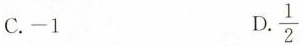
C.-1 D.\frac{1}{2}